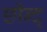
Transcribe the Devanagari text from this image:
छीन्द्